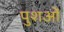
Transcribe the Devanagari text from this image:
पुशओं